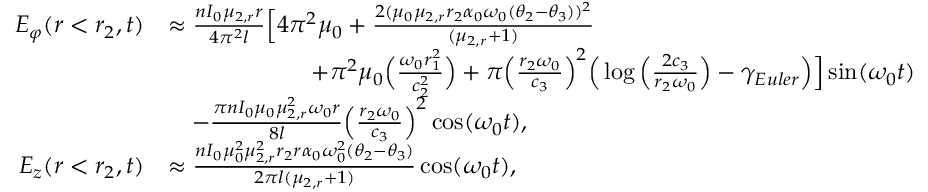
\begin{array} { r l } { E _ { \varphi } ( r < r _ { 2 } , t ) } & { \approx \frac { n I _ { 0 } \mu _ { 2 , r } r } { 4 \pi ^ { 2 } l } \Big [ 4 \pi ^ { 2 } \mu _ { 0 } + \frac { 2 ( \mu _ { 0 } \mu _ { 2 , r } r _ { 2 } \alpha _ { 0 } \omega _ { 0 } ( \theta _ { 2 } - \theta _ { 3 } ) ) ^ { 2 } } { ( \mu _ { 2 , r } + 1 ) } } \\ & { \qquad \qquad \qquad + \pi ^ { 2 } \mu _ { 0 } \Big ( \frac { \omega _ { 0 } r _ { 1 } ^ { 2 } } { c _ { 2 } ^ { 2 } } \Big ) + \pi \Big ( \frac { r _ { 2 } \omega _ { 0 } } { c _ { 3 } } \Big ) ^ { 2 } \Big ( \log \Big ( \frac { 2 c _ { 3 } } { r _ { 2 } \omega _ { 0 } } \Big ) - \gamma _ { E u l e r } \Big ) \Big ] \sin ( \omega _ { 0 } t ) } \\ & { \quad - \frac { \pi n I _ { 0 } \mu _ { 0 } \mu _ { 2 , r } ^ { 2 } \omega _ { 0 } r } { 8 l } \Big ( \frac { r _ { 2 } \omega _ { 0 } } { c _ { 3 } } \Big ) ^ { 2 } \cos ( \omega _ { 0 } t ) , } \\ { E _ { z } ( r < r _ { 2 } , t ) } & { \approx \frac { n I _ { 0 } \mu _ { 0 } ^ { 2 } \mu _ { 2 , r } ^ { 2 } r _ { 2 } r \alpha _ { 0 } \omega _ { 0 } ^ { 2 } ( \theta _ { 2 } - \theta _ { 3 } ) } { 2 \pi l ( \mu _ { 2 , r } + 1 ) } \cos ( \omega _ { 0 } t ) , } \end{array}